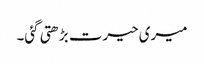
میری حیرت بڑھتی گئی۔